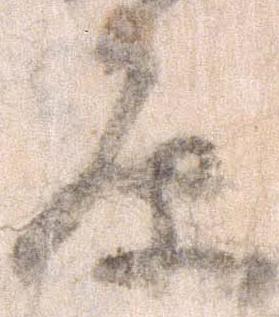
原